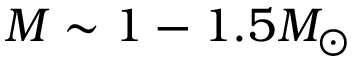
M \sim 1 - 1 . 5 M _ { \odot }